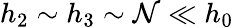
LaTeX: h_{2}\sim h_{3}\sim\mathcal{N}\ll h_{0}